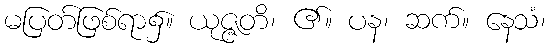
မပြတ်ဖြစ်ရာ၌။ ယုဇ္ဇတိ၊ ၏။ ပန၊ ဆက်။ နေသံ၊